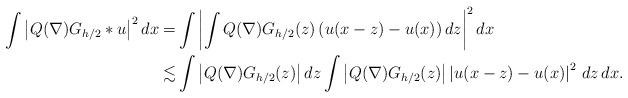
LaTeX: \begin{align*} \int \left| Q(\nabla)G_{h/2}\ast u\right|^2 dx = &\int \left| \int Q(\nabla)G_{h/2}(z) \left(u(x-z)-u(x)\right) dz\right|^2dx\\ \lesssim & \int \left| Q(\nabla)G_{h/2}(z)\right| dz \int \left|Q(\nabla)G_{h/2}(z)\right| \left| u(x-z)-u(x)\right|^2\, dz\,dx. \end{align*}